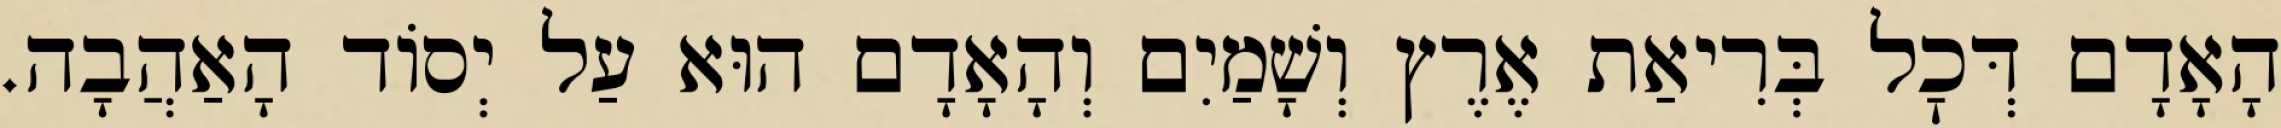
הָאָדָם דְּכׇל בְּרִיאַת אֶרֶץ וְשָׁמַיִם וְהָאָדָם הוּא עַל יְסוֹד הָאַהֲבָה.